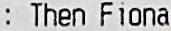
: THEN FIONA